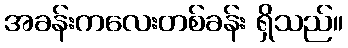
အခန်းကလေးတစ်ခန်း ရှိသည်။